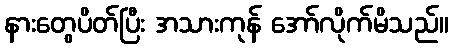
နားတွေပိတ်ပြီး အသားကုန် အော်လိုက်မိသည်။